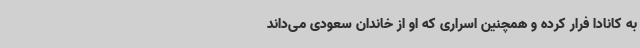
به کانادا فرار کرده و همچنین اسراری که او از خاندان سعودی می‌داند